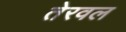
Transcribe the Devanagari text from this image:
तेरवल